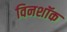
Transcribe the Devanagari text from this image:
विनशॉक